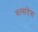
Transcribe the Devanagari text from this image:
वत्सदेश